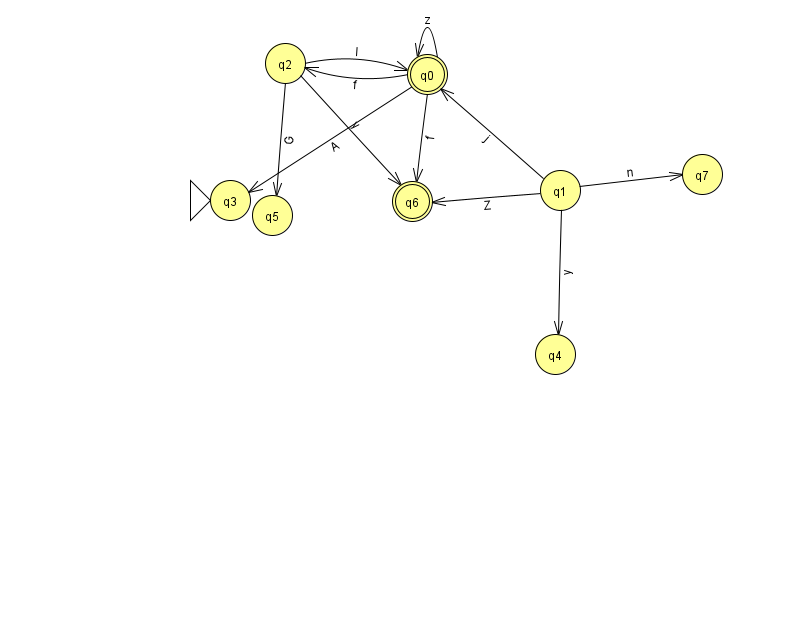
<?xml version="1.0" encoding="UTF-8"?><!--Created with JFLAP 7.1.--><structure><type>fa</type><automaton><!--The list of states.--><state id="0" name="q0"><x>427.0</x><y>61.0</y><final/></state><state id="1" name="q1"><x>560.0</x><y>177.0</y></state><state id="2" name="q2"><x>285.0</x><y>50.0</y></state><state id="3" name="q3"><x>230.0</x><y>187.0</y><initial/></state><state id="4" name="q4"><x>555.0</x><y>341.0</y></state><state id="5" name="q5"><x>272.0</x><y>202.0</y></state><state id="6" name="q6"><x>412.0</x><y>188.0</y><final/></state><state id="7" name="q7"><x>702.0</x><y>161.0</y></state><!--The list of transitions.--><transition><from>2</from><to>6</to><read>y</read></transition><transition><from>0</from><to>2</to><read>f</read></transition><transition><from>1</from><to>0</to><read>j</read></transition><transition><from>0</from><to>3</to><read>A</read></transition><transition><from>1</from><to>4</to><read>y</read></transition><transition><from>2</from><to>5</to><read>G</read></transition><transition><from>0</from><to>0</to><read>z</read></transition><transition><from>0</from><to>6</to><read>f</read></transition><transition><from>1</from><to>7</to><read>n</read></transition><transition><from>2</from><to>0</to><read>I</read></transition><transition><from>1</from><to>6</to><read>Z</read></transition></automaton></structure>